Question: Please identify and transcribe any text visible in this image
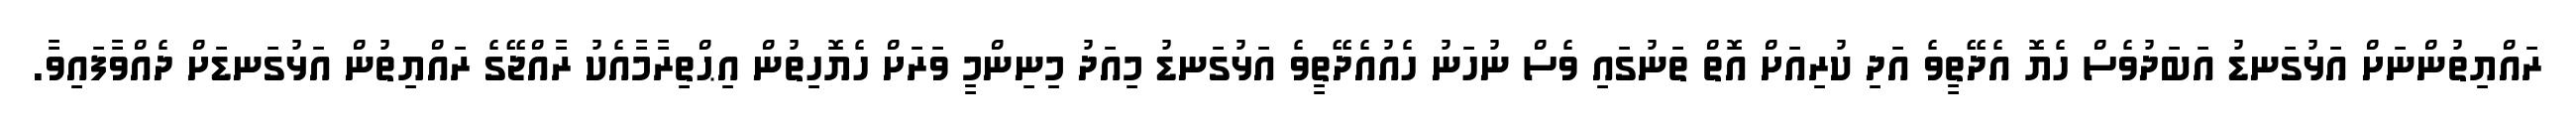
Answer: ރައްޔިތުންނަށް އަޅުގަނޑު އަބަދުވެސް ހެޔޮ އެދޭތީވެ އަދި ކުރިއަށް އޮތް ތަނުގައި ވެސް ނުހަނު ހެއުއެދޭތީވެ އަޅުގަނޑު މިއަދު މިނިންމީ ވަރަށް ހެޔޮހިތުން އިޙްތިރާމާއެކު ރާއްޖޭގެ ރައްޔިތުން އަޅުގަނޑަށް ދެއްވާފައިވާ.